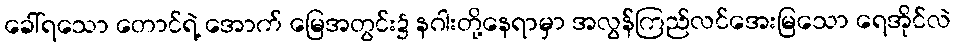
ခေါ်ရသော တောင်ရဲ့ အောက် မြေအတွင်း၌ နဂါးတို့နေရာမှာ အလွန်ကြည်လင်အေးမြသော ရေအိုင်လဲ